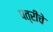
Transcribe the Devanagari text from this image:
पत्रींचे